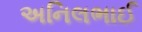
અનિલભાઈ